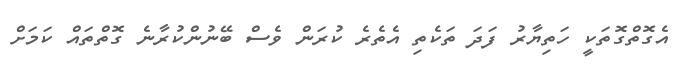
އެގޮތްގޮތަކީ ހަތިޔާރު ފަދަ ތަކެތި އެތެރެ ކުރަން ވެސް ބޭނުންކުރާނެ ގޮތްތައް ކަމަށް